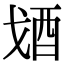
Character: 𨟶